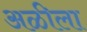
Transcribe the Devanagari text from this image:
अळीला